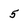
Character: 5